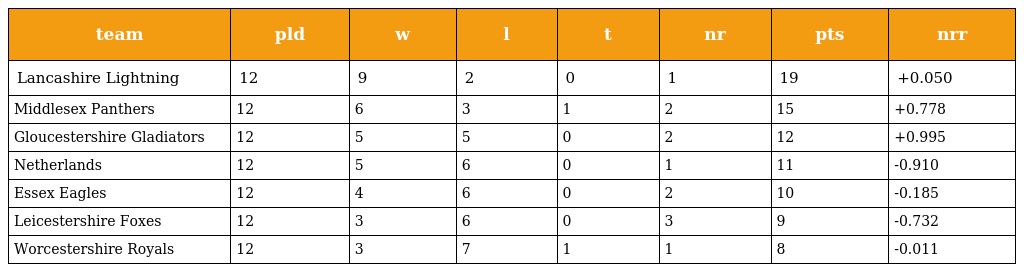
| team | pld | w | l | t | nr | pts | nrr |
 | --- | --- | --- | --- | --- | --- | --- | --- |
 | Lancashire Lightning | 12 | 9 | 2 | 0 | 1 | 19 | +0.050 |
 | Middlesex Panthers | 12 | 6 | 3 | 1 | 2 | 15 | +0.778 |
 | Gloucestershire Gladiators | 12 | 5 | 5 | 0 | 2 | 12 | +0.995 |
 | Netherlands | 12 | 5 | 6 | 0 | 1 | 11 | -0.910 |
 | Essex Eagles | 12 | 4 | 6 | 0 | 2 | 10 | -0.185 |
 | Leicestershire Foxes | 12 | 3 | 6 | 0 | 3 | 9 | -0.732 |
 | Worcestershire Royals | 12 | 3 | 7 | 1 | 1 | 8 | -0.011 |